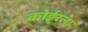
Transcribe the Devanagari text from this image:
कोईरला